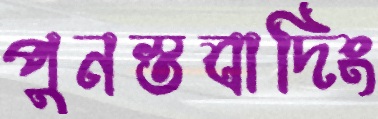
পুনস্তবাদিং